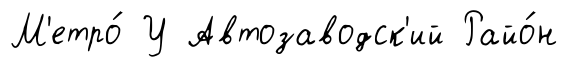
М'етро́ У Автозаводск'ий Райо́н